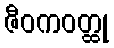
ဇီဝကဝတ္ထု